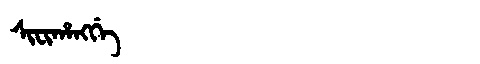
Manchu: ᠰᡳᠸᡳᡥᠠᠩᡤᡝ
Romanization: SIFIHANGGE